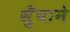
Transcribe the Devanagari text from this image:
सुँघाने